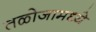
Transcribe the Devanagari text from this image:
तळोजामध्ये